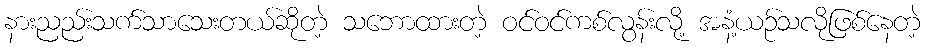
နားညည်းသက်သာသေးတယ်ဆိုတဲ့ သဘောထားတဲ့ ဝင်ဝင်ကစ်လွန်းလို့ အနံ့ယဉ်သလိုဖြစ်နေတဲ့